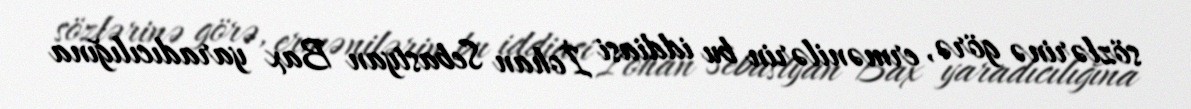
sözlərinə görə, ermənilərin bu iddiasi İohan Sebastyan Bax yaradıcılığına